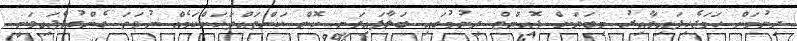
ދިނުމަށް ހަމަޖެހިފައިވާއިރު މިބަޔަށް ޕޮއިންޓް ދިނުމުގައި ބަލާފައިވަނީ ކޮން ކަންތައްތަކަށްކަމެއް ނުވަތަ ގެންގުޅެފައިވަނީ